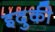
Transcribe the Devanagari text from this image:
इदुकी